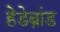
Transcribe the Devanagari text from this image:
हेडेब्रांड